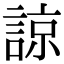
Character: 諒